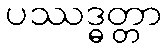
ပဿဒ္ဓတ္တာ